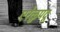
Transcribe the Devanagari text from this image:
एरेळुपदू